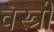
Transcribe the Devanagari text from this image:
वस्‍त्रों